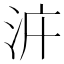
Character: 𣳝